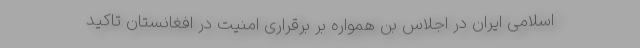
اسلامی ایران در اجلاس بُن همواره بر برقراری امنیت در افغانستان تاکید